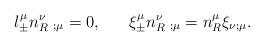
LaTeX: \begin{align*}l_{\pm}^{\mu} n_R^\nu\;_{;\mu} = 0,\;\;\;\;\;\;\xi_{\pm}^{\mu} n_R^\nu\;_{;\mu} = n_R^\mu \xi_{\nu ;\mu}.\end{align*}